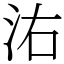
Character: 㳓